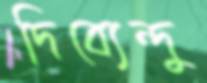
দিব্যেন্দু